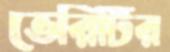
ভেরিটির